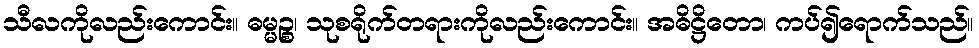
သီလကိုလည်းကောင်း။ ဓမ္မဉ္စ၊ သုစရိုက်တရားကိုလည်းကောင်း။ အဓိဋ္ဌိတော၊ ကပ်၍ရောက်သည်။